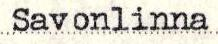
Savonlinna